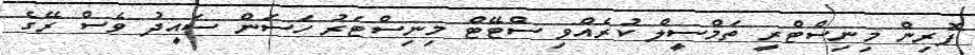
ފޮރިން މިނިސްޓްރީ ތަމްސީލް ކުރެއްވި ސްޓޭޓް މިނިސްޓަރު ހަސަން ސައީދު ވެސް ރޭގެ